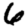
Digit: 6